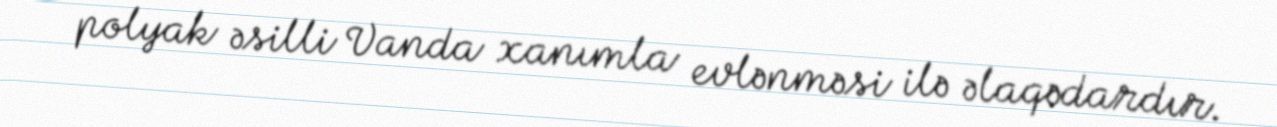
polyak əsilli Vanda xanımla evlənməsi ilə əlaqədardır.